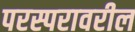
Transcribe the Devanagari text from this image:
परस्परावरील